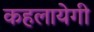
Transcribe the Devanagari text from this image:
कहलायेगी